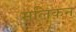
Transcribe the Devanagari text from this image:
मलिकन